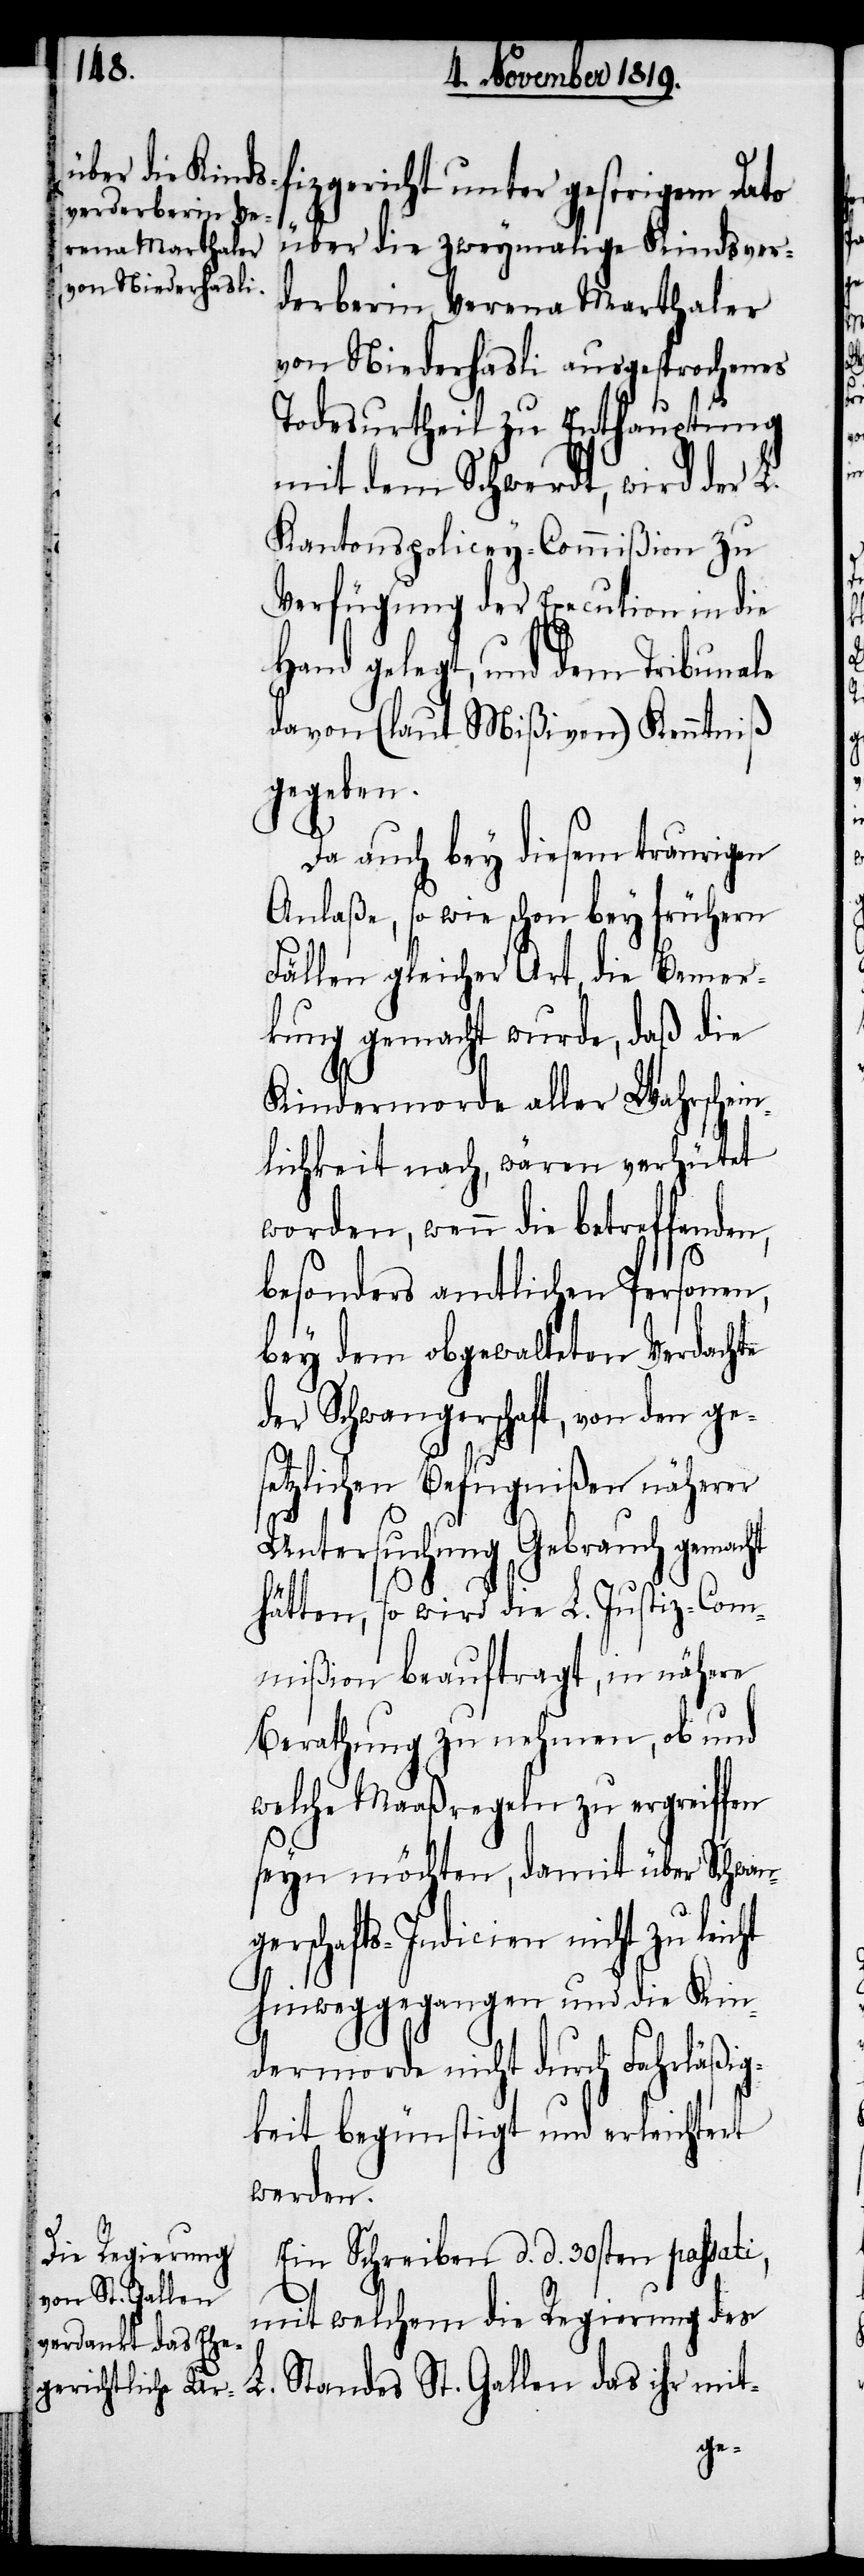
fizgericht unter gestrigem Dato
über die zweymalige Kindsver¬
derberin Verena Marthaler
von Niederhasli ausgesprochenes
Todesurtheil zu Enthauptung
mit dem Schwert, wird der L.
Kantonspolicey-Commißion zu
Verfügung der Execution in die
Hand gelegt, und dem Tribunale
davon (laut Mißiven) Kenntniß
gegeben.
Da auch bey diesem traurigen
Anlaße, so wie schon bey frühern
Fällen gleicher Art, die Bemer¬
kung gemacht wurde, daß die
Kindermorde aller Wahrschein¬
lichkeit nach, wären verhütet
worden, wenn die betreffenden,
besonders amtlichen Personen
das
bey dem obgewalteten Verdachte
der Schwangerschaft, von den ge¬
setzlichen Befugnißen näherer
Untersuchung Gebrauch gemacht
hätten, so wird die L. Justiz-Com¬
mißion beauftragt, in nähere
Berathung zu nehmen, ob und
welche Maaßregeln zu ergreiffen
seyn möchten, damit über Schwang¬
erschafts-Indicien nicht zu lei¬
hinweggegangen und die Kin¬
dermorde nicht durch Fahrläßig¬
keit begünstigt und erleichtert
werden.
Ein Schreiben d. d. 30sten passati,
mit welchem die Regierung des